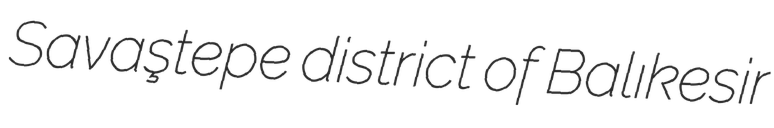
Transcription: Savaştepe district of Balıkesir